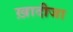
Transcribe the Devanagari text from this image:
ख़ादीजा